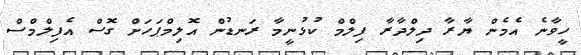
ހީވާނެ އެމެން ޔާރާ ދިލްދާރާ ފިލްމް ކުޅުނީމާ ރަނޑުން އޮލިމްޕަހަށް ގޮސް އެފިލްމްސް